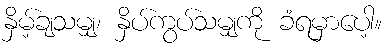
နှိမ့်ချသမျှ၊ နှိပ်ကွပ်သမျှကို ခံရမှာပေါ့။